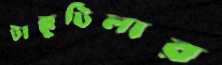
টাক্কুটিলার